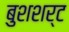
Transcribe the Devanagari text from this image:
बुशशर्ट